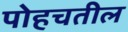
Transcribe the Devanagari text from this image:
पोहचतील